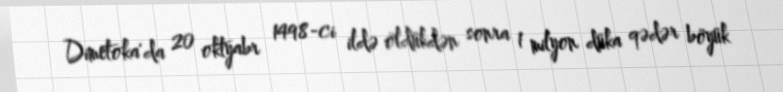
Dimetoka'da 20 oktyabr 1498-ci ildə öldükdən sonra 1 milyon düka qədər böyük